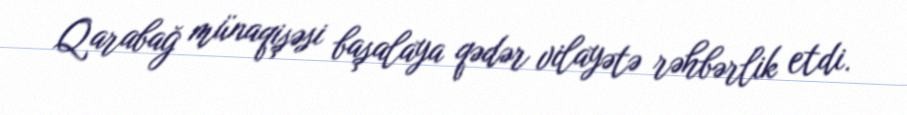
Qarabağ münaqişəsi başalaya qədər vilayətə rəhbərlik etdi.